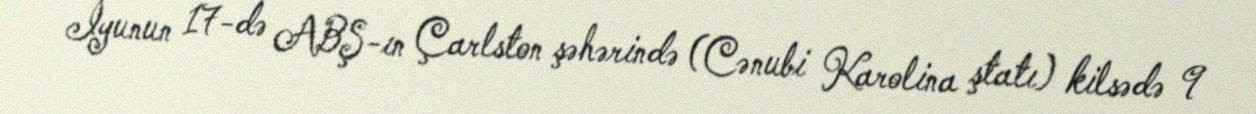
İyunun 17-də ABŞ-ın Çarlston şəhərində (Cənubi Karolina ştatı) kilsədə 9